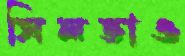
সিলভাও